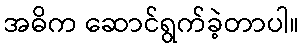
အဓိက ဆောင်ရွက်ခဲ့တာပါ။